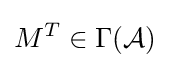
M^{T}\in \Gamma ({\mathcal {A}})